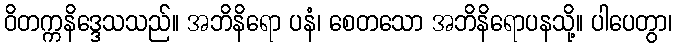
ဝိတက္ကနိဒ္ဒေသသည်။ အဘိနိရော ပနံ၊ စေတသော အဘိနိရောပနသို့။ ပါပေတွာ၊